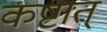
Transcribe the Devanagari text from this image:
कष्टात्